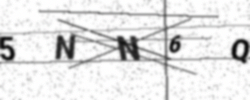
Text: 5NN6Q